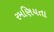
રમણિયતા